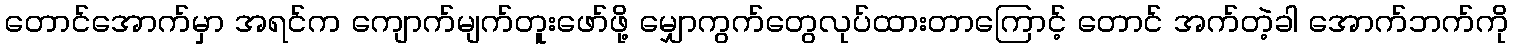
တောင်အောက်မှာ အရင်က ကျောက်မျက်တူးဖော်ဖို့ မျှောကွက်တွေလုပ်ထားတာကြောင့် တောင် အက်တဲ့ခါ အောက်ဘက်ကို